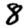
Digit: 8